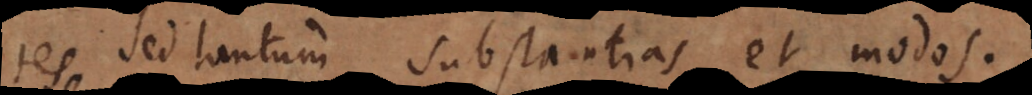
tes sed tantum substantias et modos.